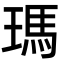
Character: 瑪